Indian journal of veterinary science and animal husbandry - Volume 2,
Year: 1932
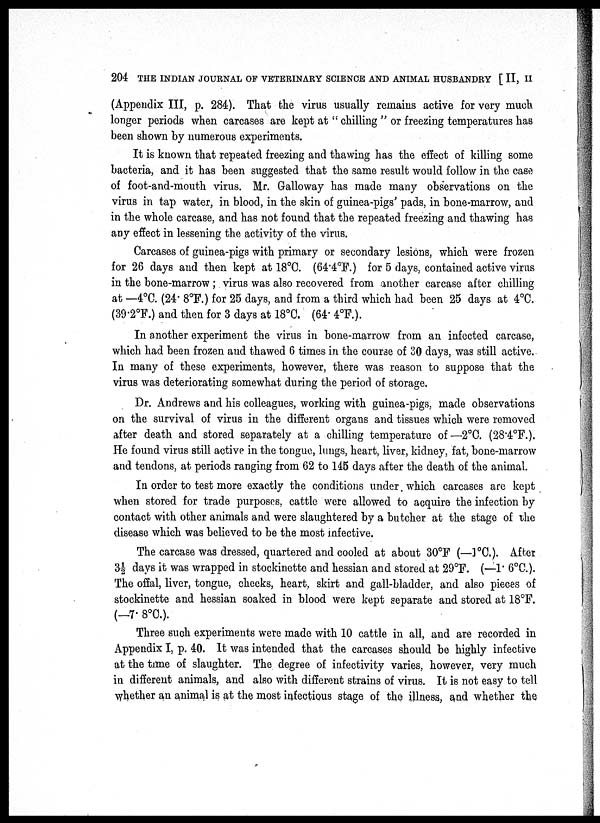
204 THE INDIAN JOURNAL OF VETERINARY SCIENCE AND ANIMAL HUSBANDRY [II, II
(Appendix III, p. 284). That the virus usually remains active for very much
longer periods when carcases are kept at " chilling " or freezing temperatures has
been shown by numerous experiments.
It is known that repeated freezing and thawing has the effect of killing some
bacteria, and it has been suggested that the same result would follow in the case
of foot-and-mouth virus. Mr. Galloway has made many observations on the
virus in tap water, in blood, in the skin of guinea-pigs' pads, in bone-marrow, and
in the whole carcase, and has not found that the repeated freezing and thawing has
any effect in lessening the activity of the virus.
Carcases of guinea-pigs with primary or secondary lesions, which were frozen
for 26 days and then kept at 18°C. (64.4°F.) for 5 days, contained active virus
in the bone-marrow ; virus was also recovered from another carcase after chilling
at —4°C. (24. 8°F.) for 25 days, and from a third which had been 25 days at 4°C.
(39.2°F.) and then for 3 days at 18°C. (64. 4°F.).
In another experiment the virus in bone-marrow from an infected carcase,
which had been frozen and thawed 6 times in the course of 30 days, was still active.
In many of these experiments, however, there was reason to suppose that the
virus was deteriorating somewhat during the period of storage.
Dr. Andrews and his colleagues, working with guinea-pigs, made observations
on the survival of virus in the different organs and tissues which were removed
after death and stored separately at a chilling temperature of—2°C. (28.4°F.).
He found virus still active in the tongue, lungs, heart, liver, kidney, fat, bone-marrow
and tendons, at periods ranging from 62 to 145 days after the death of the animal.
In order to test more exactly the conditions under which carcases are kept
when stored for trade purposes, cattle were allowed to acquire the infection by
contact with other animals and were slaughtered by a butcher at the stage of the
disease which was believed to be the most infective.
The carcase was dressed, quartered and cooled at about 30°F (—1°C.). After
3½ days it was wrapped in stockinette and hessian and stored at 29°F. (—1. 6°C).
The offal, liver, tongue, cheeks, heart, skirt and gall-bladder, and also pieces of
stockinette and hessian soaked in blood were kept separate and stored at 18°F.
(—7. 8°C.).
Three such experiments were made with 10 cattle in all, and are recorded in
Appendix I, p. 40. It was intended that the carcases should be highly infective
at the time of slaughter. The degree of infectivity varies, however, very much
in different animals, and also with different strains of virus. It is not easy to tell
whether an animal is at the most infectious stage of the illness, and whether the